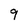
Character: 9